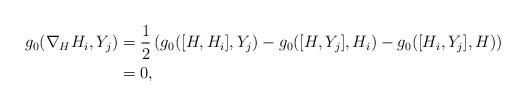
LaTeX: \begin{align*}g_0(\nabla_{H} H_i, Y_j) &= \frac{1}{2} \left(g_0([H,H_i],Y_j) - g_0([H, Y_j], H_i) - g_0([H_i,Y_j], H) \right) \\&= 0,\end{align*}